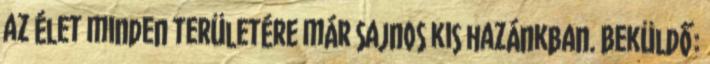
az élet minden területére már sajnos kis hazánkban. Beküldő: